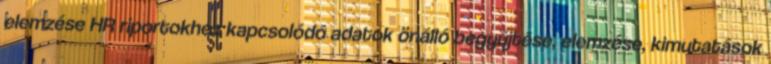
elemzése HR riportokhoz kapcsolódó adatok önálló begyűjtése, elemzése, kimutatások